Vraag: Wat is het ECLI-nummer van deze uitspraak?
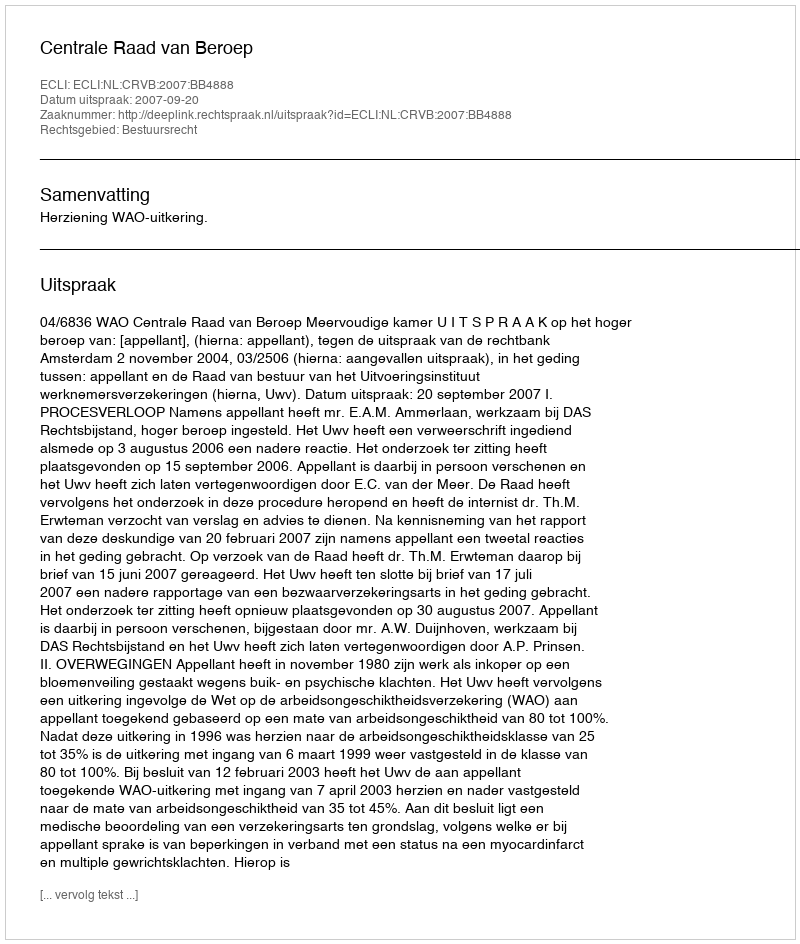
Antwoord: ECLI:NL:CRVB:2007:BB4888